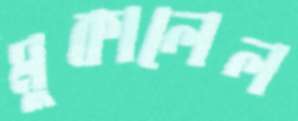
মুকালেল